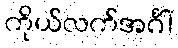
ကိုယ်လက်အင်္ဂါ